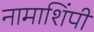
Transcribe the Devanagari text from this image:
नामाशिंपी